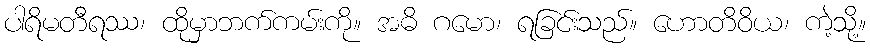
ပါရိမတီရဿ၊ ထိုမှာဘက်ကမ်းကို။ အဓိ ဂမော၊ ရခြင်းသည်။ ဟောတိဝိယ၊ ကဲ့သို့။